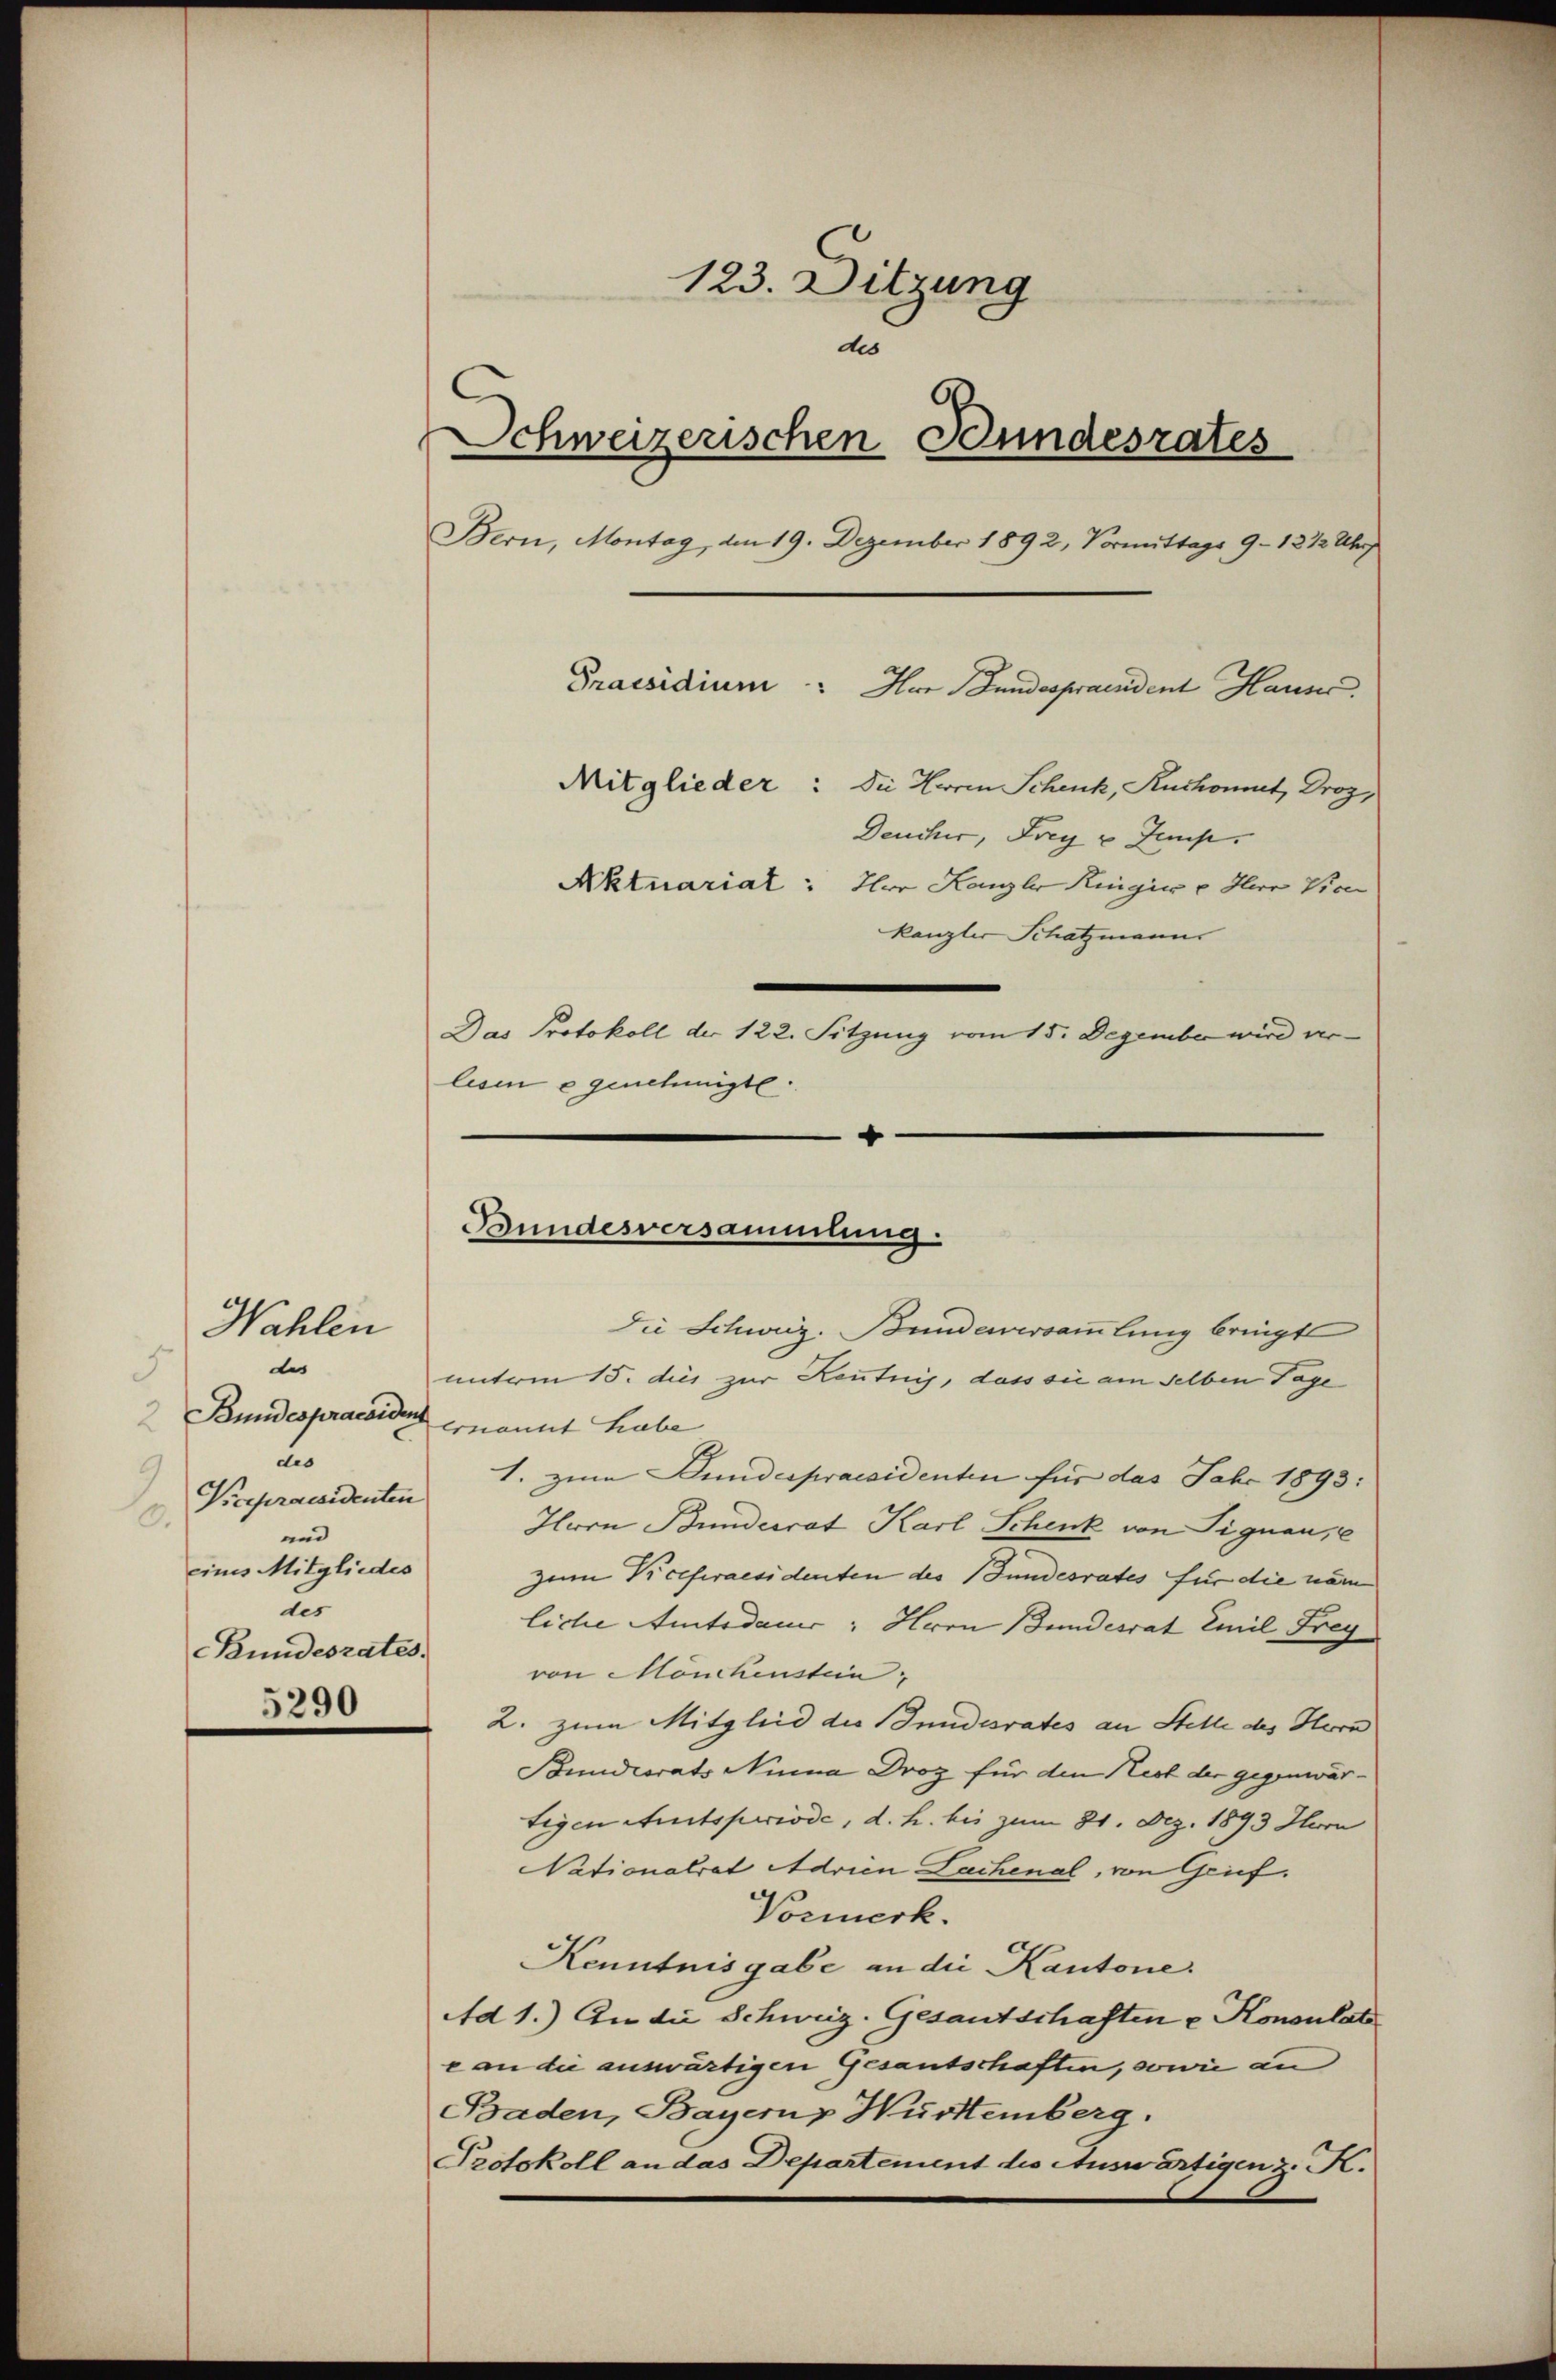
de
h
Bundespraesidens
2
des
9
Picepraesidenten
0.
und
eines Mitgliedes
der
Bundesrates.
5290

Wahlen

123. Ditzung
des
Schweizerischen Bundesrates
Bern, Montag, den 19. Dezember 1892, Vormittags 9 - 12 1/2 Uhr
Praesidium
Mitglieder: Die Herrn Schenk, Ruchomut, Droz,
Deucher, Frey u temp
Aktuariat: Der Kanzler Regier u Herr Vice
kanzler Schatzmann
Das Protokoll der 122. Sitzung vom 15. Dezember wird verlesen e genehmigte.
8

Bundesversammlung.
Die Schweiz. Bundeversammlung bringt

Her Bundesprandent Hause.

unterm 15. dies zur Kenntnis, dass sie am selben Tage
ernannt habe
1. zum Bundespraesidenten für das Jahr 1893:
Hern Bundesrat Karl Schenk von Signau, e
zum Vicepraesidenten des Gundesrates für die nam
liche Amtsdauer " Hrrn Bundesrat Emil Frey
von Monckenstein,
2. zum Mitglied die Stundesrates an Stelle des Hera
Bundesrats Nina Droz für den Nest der gegenwärtigen Amtsperiode, d. h. bis zum 21. Dez. 1893 Hurn
Nationalrat Adrien Lachenal, von Grief.
Vormerk.
Kenntnisgabe an die Kantone.
Ad 1.) An die Schweiz. Gesantschaften u Konsulat
e an die auswärtigen Gesantschaften, sowie an
Baden, Bayern, Württemberg.
Protokoll an das Departement des Auswärtigen z. K.